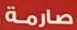
صارمة